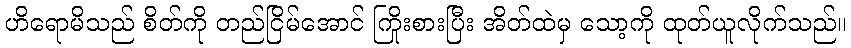
ဟိရောမိသည် စိတ်ကို တည်ငြိမ်အောင် ကြိုးစားပြီး အိတ်ထဲမှ သော့ကို ထုတ်ယူလိုက်သည်။